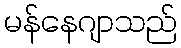
မန်နေဂျာသည်